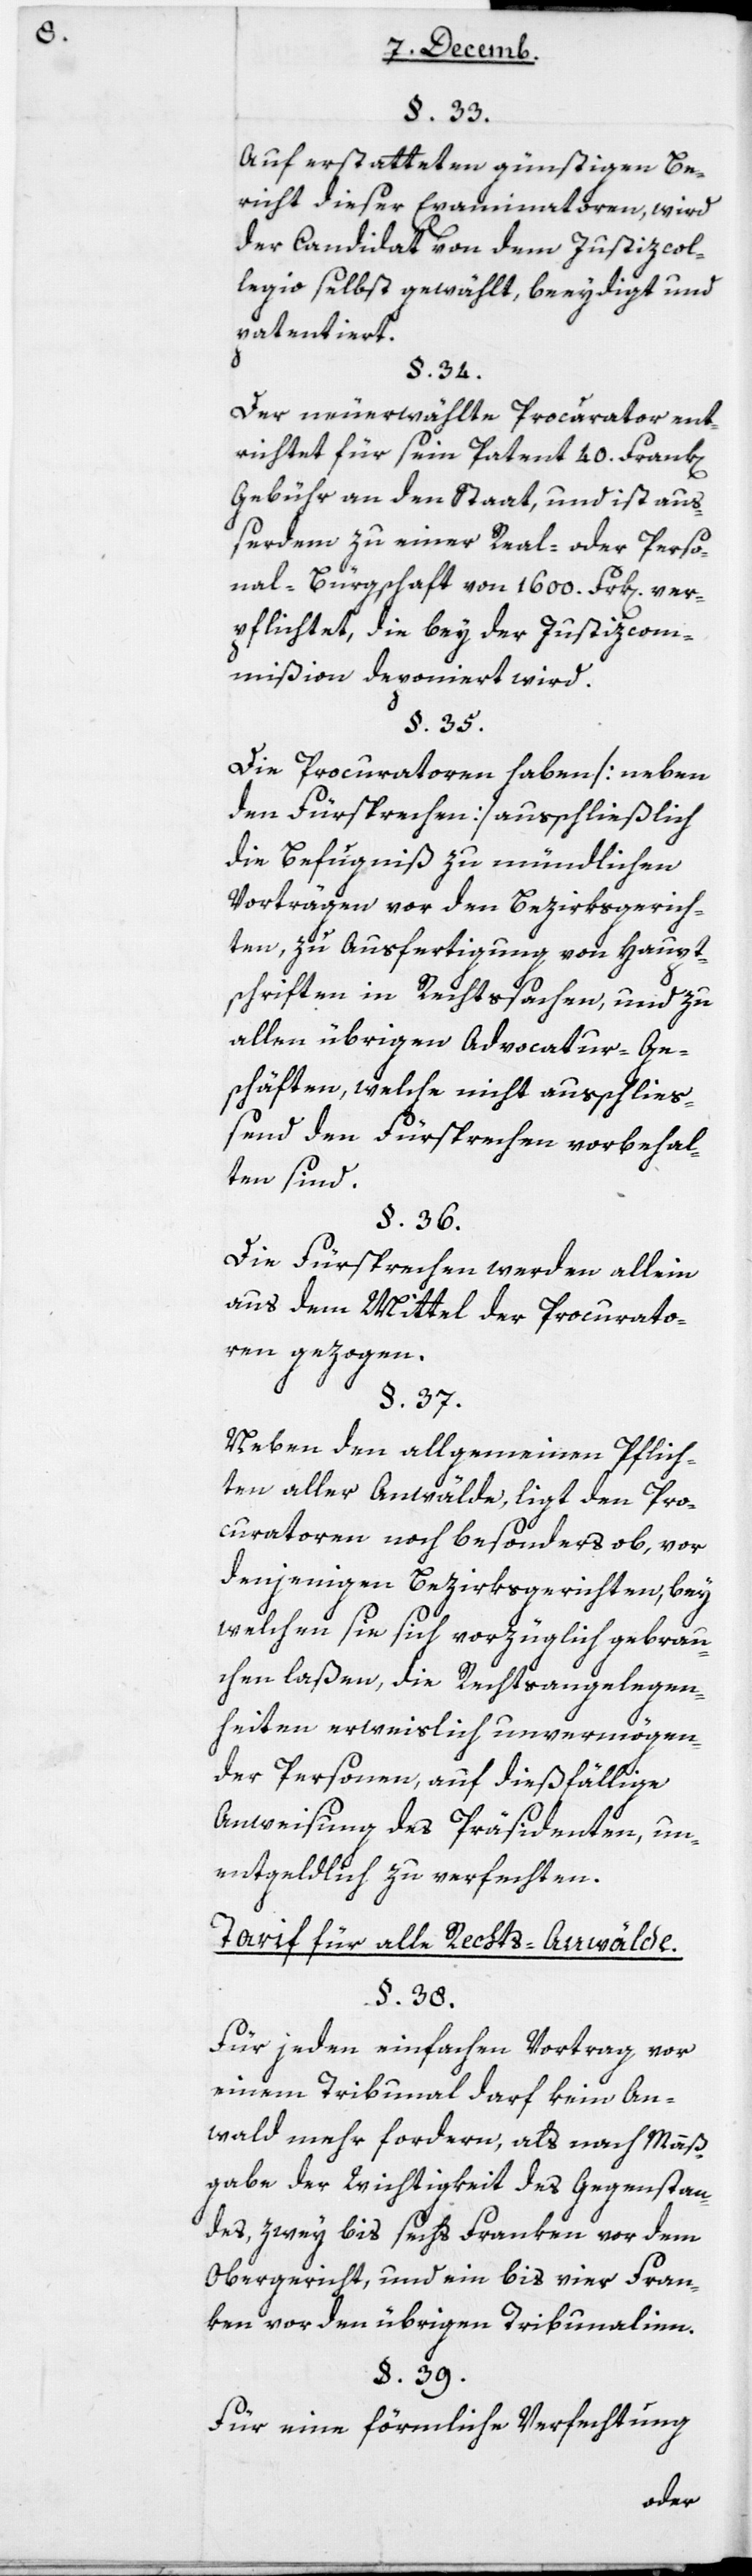
Auf erstatteten günstigen Be¬
richt dieser Examinatoren, wird
der Candidat von dem Justizcol¬
legio selbst gewählt, beeydigt und
patentiert.
Der neu erwählte Procurator ent¬
richtet für sein Patent 40 Frank[en]
Gebühr an den Staat, und ist au¬
ßerdem zu einer Real- oder Perso¬
nal-Bürgschaft von 1600 Frank[en] ver¬
pflichtet, die bey der Justizcom¬
mißion deponiert wird.
§ 35
Die Procuratoren haben [neben
den Fürsprechen] ausschließlich
die Befugnis zu mündlichen
Vorträgen vor den Bezirksgerich¬
ten, zu Ausfertigung von Haupt¬
schriften in Rechtssachen, und zu
allen übrigen Advocatur-Ge¬
schäften, welche nicht ausschließ¬
end den Fürsprechen vorbehal¬
ten sind.
Die Fürsprechen werden allein
aus dem Mittel der Procurato¬
ren gezogen.
Neben den allgemeinen Pflich¬
ten aller Anwälde, ligt den Pro¬
curatoren noch besonders ob, vor
denjenigen Bezirksgerichten, bey
welchen sie sich vorzüglich gebrau¬
chen laßen, die Rechtsangelegen¬
heiten erweislich unvermögen¬
der Personen, auf dießfällige
Anweisung des Präsidenten, un¬
entgeldlich zu verfechten.
Tarif für alle Rechtsanwälte.
Für jeden einfachen Vortrag vor
einem Tribunal darf kein An¬
wald mehr fordern, als nach Maaß¬
gabe der Wichtigkeit des Gegenstan¬
des, zwey bis sechs Franken vor dem
Obergericht, und ein bis vier Fran¬
ken vor den übrigen Tribunalien.
Für eine förmliche Verfechtung